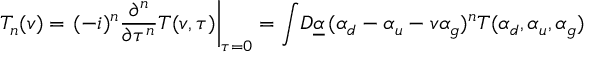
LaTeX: { \cal T } _ { n } ( v ) = \left. ( - i ) ^ { n } \frac { \partial ^ { n } } { \partial \tau ^ { n } } { \cal T } ( v , \tau ) \right| _ { \tau = 0 } = \int \! { \cal D } \underline { { { \alpha } } } \, ( \alpha _ { d } - \alpha _ { u } - v \alpha _ { g } ) ^ { n } { \cal T } ( \alpha _ { d } , \alpha _ { u } , \alpha _ { g } )